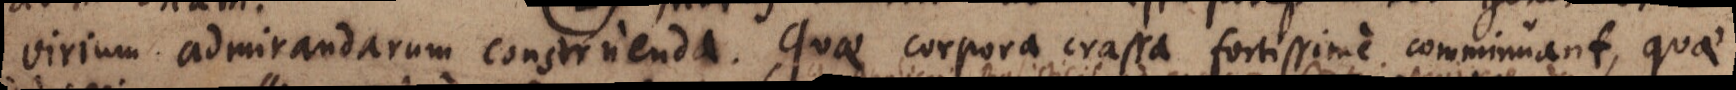
virium admirandarum construenda. Quae corpora crassa fortissime comminuant, quae